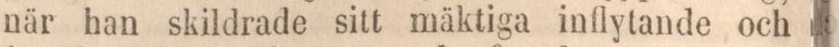
när han skildrade sitt mäktiga inflytande och